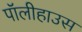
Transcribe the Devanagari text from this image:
पॉलीहाउस